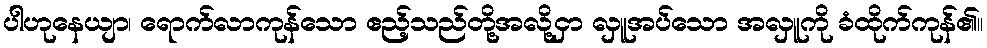
ပါဟုနေယျာ၊ ရောက်လာကုန်သော ဧည့်သည်တို့အလို့ငှာ လှူအပ်သော အလှူကို ခံထိုက်ကုန်၏။